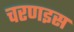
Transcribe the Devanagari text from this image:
चरणइस